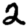
Digit: 2